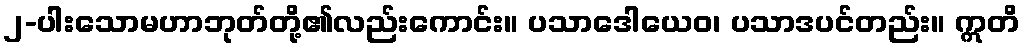
၂-ပါးသောမဟာဘုတ်တို့၏လည်းကောင်း။ ပသာဒေါယေဝ၊ ပသာဒပင်တည်း။ ဣတိ